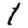
Digit: 1